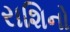
રાશિનો